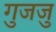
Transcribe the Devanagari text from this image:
गुजजु